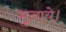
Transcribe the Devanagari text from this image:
भुनाये।